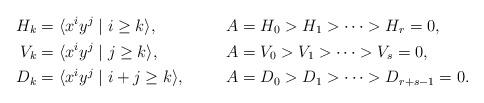
LaTeX: \begin{align*} H_k&=\langle x^iy^j\mid i\geq k\rangle, &&A=H_0>H_1>\cdots>H_r=0,\\ V_k&=\langle x^iy^j\mid j\geq k\rangle, &&A=V_0>V_1>\cdots>V_s=0,\\ D_k&=\langle x^iy^j\mid i+j\geq k\rangle, &&A=D_0>D_1>\cdots>D_{r+s-1}=0.\end{align*}